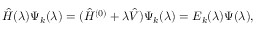
\hat { H } ( \lambda ) \Psi _ { k } ( \lambda ) = ( \hat { H } ^ { ( 0 ) } + \lambda \hat { V } ) \Psi _ { k } ( \lambda ) = E _ { k } ( \lambda ) \Psi ( \lambda ) ,